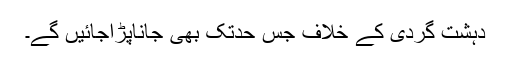
دہشت گردی کے خلاف جس حدتک بھی جاناپڑاجائیں گے۔